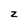
Character: z